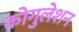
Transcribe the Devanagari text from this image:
कोगुलेशन